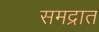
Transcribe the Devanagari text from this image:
समद्रात